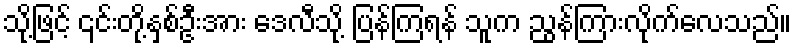
သို့ဖြင့် ၎င်းတို့နှစ်ဦးအား ဒေလီသို့ ပြန်ကြရန် သူက ညွန်ကြားလိုက်လေသည်။